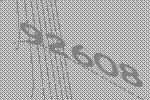
92608